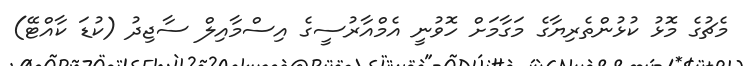
މެޗުގެ މޮޅު ކުޅުންތެރިޔާގެ މަގާމަށް ހޮވުނީ އެމްއާރުސީގެ އިސްމާއިލް ސާޖިދު (ކުޑަ ކާއްޓޭ)